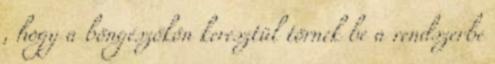
, hogy a böngészőkön keresztül törnek be a rendszerbe